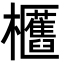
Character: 𣡛